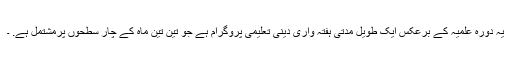
یہ دورہ علمیہ کے برعکس ایک طویل مدتی ہفتہ واری دینی تعلیمی پروگرام ہے جو تین تین ماہ کے چار سطحوں پرمشتمل ہے. ۔